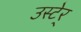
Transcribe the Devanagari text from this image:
उस्टेर्